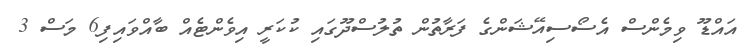
އައްޑޫ ވިމެންސް އެސޯސިއޭޝަންގެ ފަރާތުން ތުލުސްދޫގައި ކުކަރީ އިވެންޓެއް ބާއްވައިފި6 މަސް 3